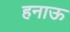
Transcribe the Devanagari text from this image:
हनाऊ